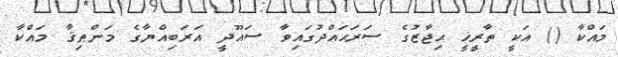
މައްކާ () އަކީ ތާރީޚީ ޙިޖާޒުގެ ސަރަޙައްދުގައިވާ ސައޫދީ އަރަބިއްޔާގެ މަންޠިޤާ މައްކާ